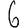
Digit: 6